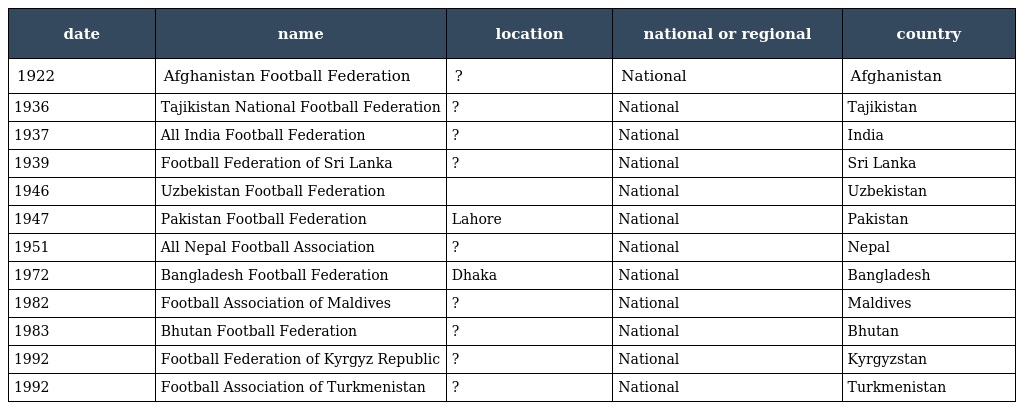
| date | name | location | national or regional | country |
 | --- | --- | --- | --- | --- |
 | 1922 | Afghanistan Football Federation | ? | National | Afghanistan |
 | 1936 | Tajikistan National Football Federation | ? | National | Tajikistan |
 | 1937 | All India Football Federation | ? | National | India |
 | 1939 | Football Federation of Sri Lanka | ? | National | Sri Lanka |
 | 1946 | Uzbekistan Football Federation |  | National | Uzbekistan |
 | 1947 | Pakistan Football Federation | Lahore | National | Pakistan |
 | 1951 | All Nepal Football Association | ? | National | Nepal |
 | 1972 | Bangladesh Football Federation | Dhaka | National | Bangladesh |
 | 1982 | Football Association of Maldives | ? | National | Maldives |
 | 1983 | Bhutan Football Federation | ? | National | Bhutan |
 | 1992 | Football Federation of Kyrgyz Republic | ? | National | Kyrgyzstan |
 | 1992 | Football Association of Turkmenistan | ? | National | Turkmenistan |